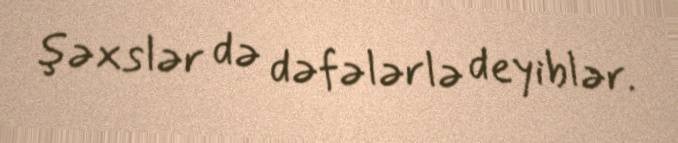
şəxslər də dəfələrlə deyiblər.